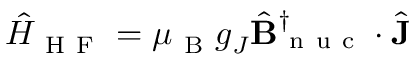
\hat { H } _ { \mathrm { ~ H ~ F ~ } } = \mu _ { \mathrm { ~ B ~ } } g _ { J } \hat { \mathbf { B } } _ { \mathrm { ~ n ~ u ~ c ~ } } ^ { \dagger } \cdot \hat { \mathbf { J } }